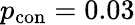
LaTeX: p_{\mathrm{con}}=0.03